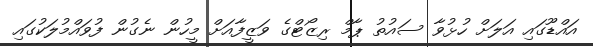
އައްޑޫގައި އަލަށް ހުޅުވާ ސައުތު ޕާމް ރިޒޯޓްގެ ވަޒީފާއަށް މީހުން ނެގުން ފުވައްމުލަކުގައި